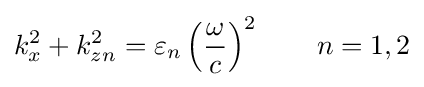
k_{x}^{2}+k_{zn}^{2}=\varepsilon _{n}\left({\frac {\omega }{c}}\right)^{2}\qquad n=1,2